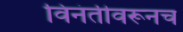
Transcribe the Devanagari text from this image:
विनंतीवरूनच